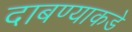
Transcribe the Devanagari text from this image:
दाबण्याकडे